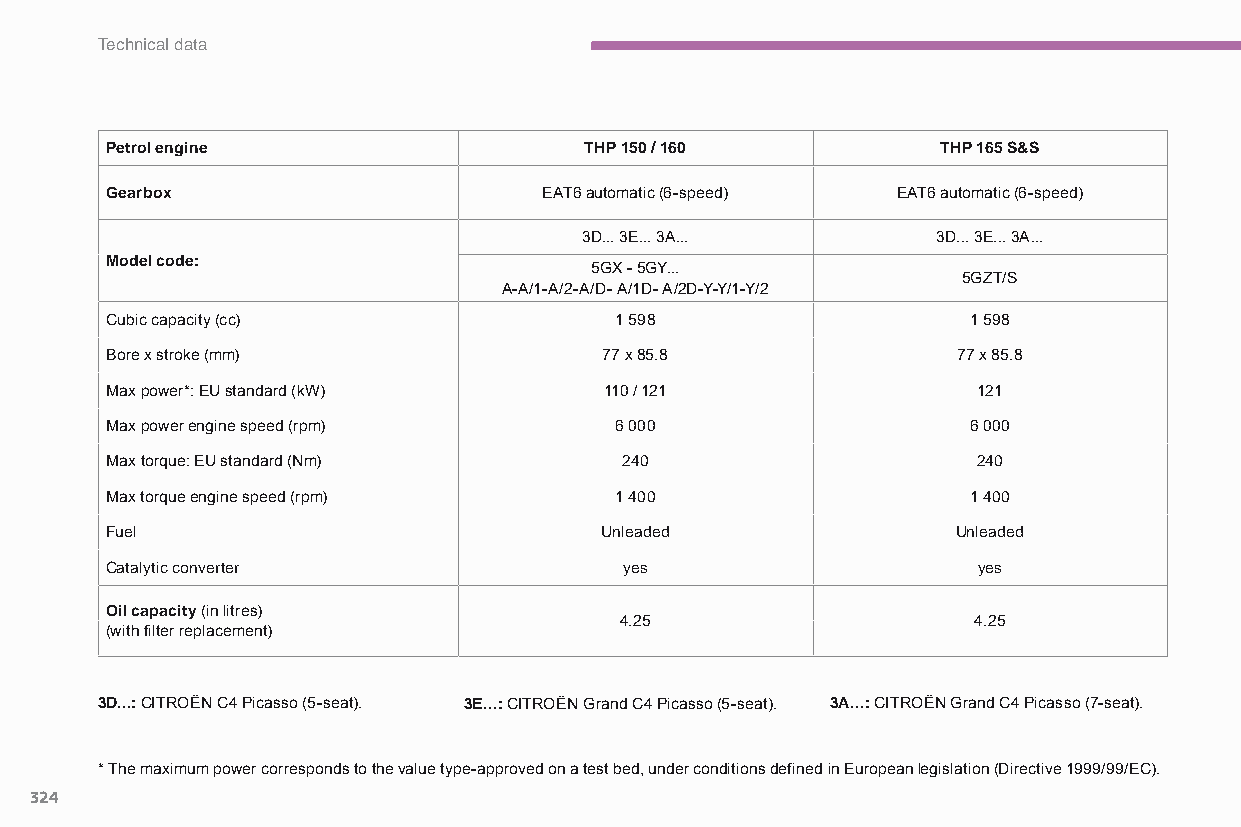
Technical data
 Petrol engine                   THP 150 / 160          THP 165 S&S
 Gearbox                      EAT6 automatic (6-speed) EAT6 automatic (6-speed)
 3D... 3E... 3A...       3D... 3E... 3A...
 Model code:
 5GX - 5GY...
 5GZT/S
 A-A/1-A/2-A/D- A/1D- A/2D-Y-Y/1-Y/2
 Cubic capacity (cc)               1 598                  1 598
 Bore x stroke (mm)               77 x 85.8              77 x 85.8
 Max power*: EU standard (kW)     110 / 121                121
 Max power engine speed (rpm)      6 000                  6 000
 Max torque: EU standard (Nm)      240                     240
 Max torque engine speed (rpm)     1 400                  1 400
 Fuel                             Unleaded               Unleaded
 Catalytic converter               yes                     yes
 Oil capacity (in litres)
 4.25                   4.25
 (with filter replacement)
 3D...: CITROËN C4 Picasso (5-seat). 3E...: CITROËN Grand C4 Picasso (5-seat). 3A...: CITROËN Grand C4 Picasso (7-seat).
 * The maximum power corresponds to the value type-approved on a test bed, under conditions defined in European legislation (Directive 1999/99/EC).
 324
 C4-Picasso-II_en_Chap09_caracteristiques-techniques_ed01-2015